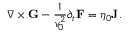
\boldsymbol { \nabla } \times \mathbf { G } - \frac { 1 } { v _ { 0 } ^ { 2 } } \partial _ { t } \mathbf { F } = \eta _ { 0 } \mathbf { J } .